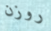
روزن